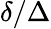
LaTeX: \delta/\Delta